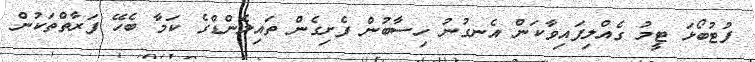
ފުޓުބޯޅަ ޓީމު ގެއްލިފައިވާކަން އެނގުނު ހިސާބުން ފެށިގެން ތައިލެންޑްގެ ކަމާ ބެހޭ ފަރާތްތަކުން